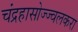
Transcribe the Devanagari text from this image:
चंद्रहासोज्ज्वलकरा